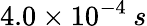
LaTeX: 4.0\times 10^{-4}\: s